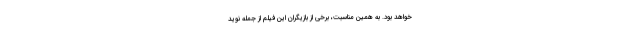
خواهد بود. به همین مناسبت، برخی از بازیگران این فیلم از جمله نوید